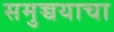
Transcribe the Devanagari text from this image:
समुच्चयाचा